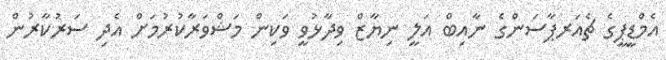
އެމްޑީޕީގެ ޗެއަރޕާސަންގެ ނާއިބް އަލީ ނިޔާޒް ވިދާޅުވީ ވަކިން މަޝްވަރާކުރުމަށް އެދި ސަރުކާރުން